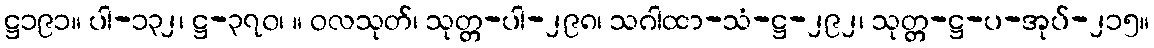
ဋ္ဌ၁၉၁။ ပါ-၁၃၂၊ ဋ္ဌ-၃၇၀၊ ။ ဝလသုတ်၊ သုတ္တ-ပါ-၂၉၈၊ သဂါထာ-သံ-ဋ္ဌ-၂၉၂၊ သုတ္တ-ဋ္ဌ-ပ-အုပ်-၂၁၅။